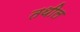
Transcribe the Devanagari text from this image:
तथील